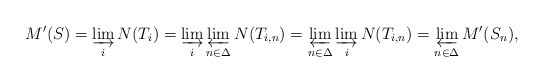
\begin{align*}M'(S) = \varinjlim_i N(T_i) = \varinjlim_i \varprojlim_{n\in\Delta} N(T_{i,n}) = \varprojlim_{n\in\Delta} \varinjlim_i N(T_{i,n}) = \varprojlim_{n\in\Delta} M'(S_n),\end{align*}